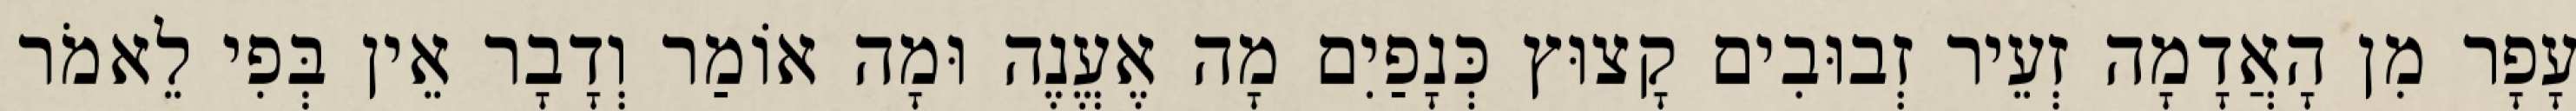
עָפָר מִן הָאֲדָמָה זְעֵיר זְבוּבִים קָצוּץ כְּנָפַיִם מָה אֶעֱנֶה וּמָה אוֹמַר וְדָבָר אֵין בְּפִי לֵאמֹר